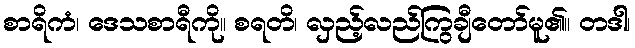
စာရိကံ၊ ဒေသစာရီကို။ စရတိ၊ လှည့်လည်ကြွချီတော်မူ၏။ တဒါ၊